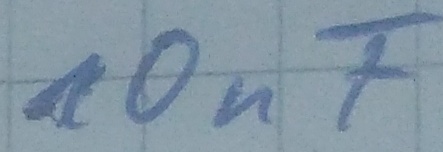
Text: 10nF